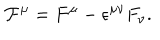
LaTeX: { \cal F } ^ { \mu } = F ^ { \mu } - { \epsilon } ^ { { \mu } { \nu } } F _ { \nu } .